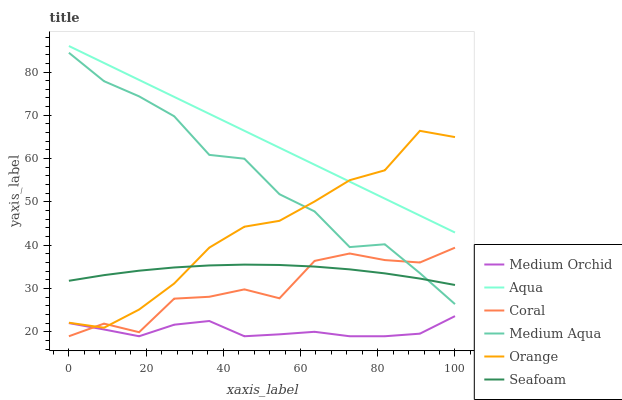
| xaxis_label | Medium Orchid | Aqua | Coral | Medium Aqua | Orange | Seafoam |
 | --- | --- | --- | --- | --- | --- | --- |
 | 0 | 22 | 86 | 19 | 84.4 | 22.1 | 31.8 |
 | 9.09 | 20.6 | 82.1 | 21.9 | 77.9 | 21 | 33.1 |
 | 18.2 | 19 | 78.2 | 19.9 | 74.4 | 25.2 | 34.1 |
 | 27.3 | 21.7 | 74.3 | 27.7 | 69.8 | 31.2 | 34.9 |
 | 36.4 | 22.5 | 70.3 | 28.1 | 60.9 | 39.5 | 35.3 |
 | 45.5 | 19 | 66.4 | 29.8 | 60 | 44.3 | 35.5 |
 | 54.5 | 19.4 | 62.5 | 27.8 | 51.8 | 45.6 | 35.4 |
 | 63.6 | 20 | 58.6 | 36.4 | 47.8 | 50.1 | 35.1 |
 | 72.7 | 19 | 54.7 | 38.1 | 39.6 | 55 | 34.4 |
 | 81.8 | 19 | 50.8 | 36.6 | 40.2 | 57.3 | 33.5 |
 | 90.9 | 19.6 | 46.9 | 36 | 33.6 | 66.4 | 32.3 |
 | 100 | 23.6 | 42.9 | 39.4 | 26.4 | 65 | 30.8 |